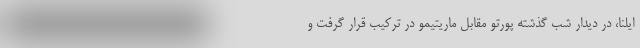
ایلنا، در دیدار شب گذشته پورتو مقابل ماریتیمو در ترکیب قرار گرفت و